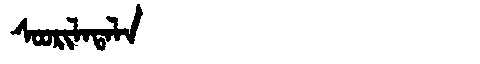
Manchu: ᠰᠣᠣᡵᡳᠯᠠᡨᠠᠯᠠ
Romanization: SOORILATALA